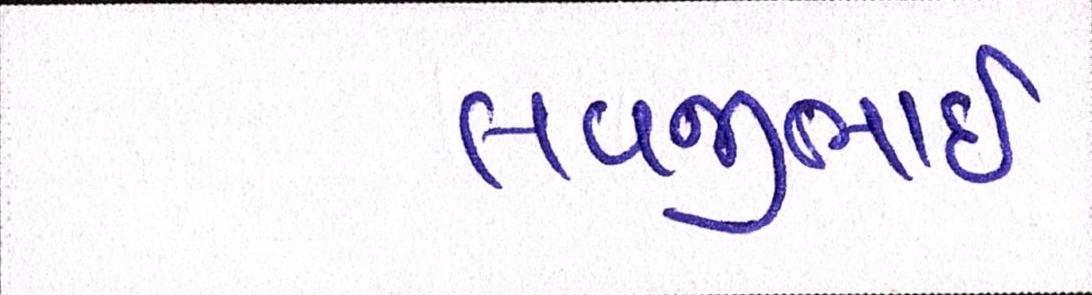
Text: લવજીભાઇ